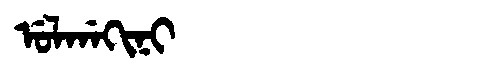
Manchu: ᡠᠯᡤᠠᡴᡳᠨᡳ
Romanization: ULGAKINI